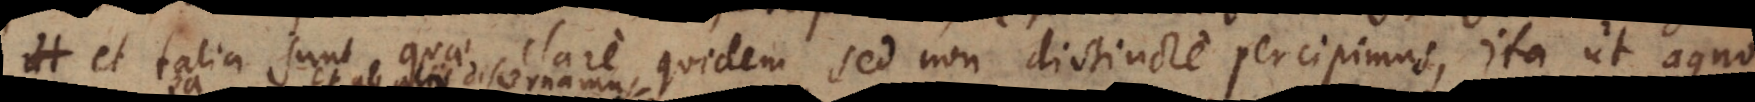
et talia sunt quae clare quidem sed non distincte percipimus, ita ut agno